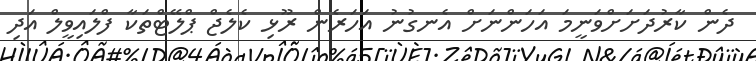
ދެން ކާރުދަށަށްވަނީމަ އަހަންނަށް އެނގުނު އަހަރެން ރޫޅި ކެލެޖް ޕްލޭޓްތަކާ ފްލައިވީލް އަދި